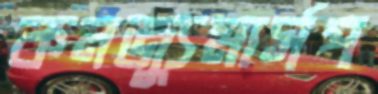
কনজ্যুমার্সপ